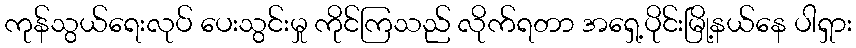
ကုန်သွယ်ရေးလုပ် ပေးသွင်းမှု ကိုင်ကြသည် လိုက်ရတာ အရှေ့ပိုင်းမြို့နယ်နေ ပါရှား